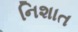
નિશાત